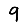
Digit: 9